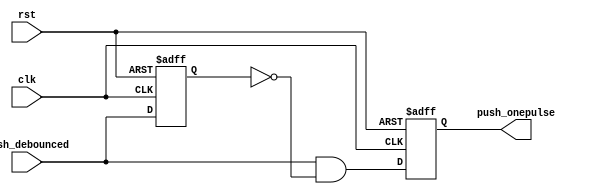
`timescale 1ns / 1ps
//////////////////////////////////////////////////////////////////////////////////
// Company: 
// Engineer: 
// 
// Design Name: 
// Module Name: onepalse
// Project Name: 
// Target Devices: 
// Tool Versions: 
// Description: 
// 
// Dependencies: 
// 
// Revision:
// Revision 0.01 - File Created
// Additional Comments:
// 
//////////////////////////////////////////////////////////////////////////////////


module onepalse(
rst, clk, push_debounced, push_onepulse
);
input clk, rst;
input push_debounced;
output push_onepulse;
// internal registers
reg push_onepulse;
reg push_onepulse_next;
reg push_debounced_delay;
always @* begin
push_onepulse_next = push_debounced
& ~push_debounced_delay;
end
always @(posedge clk or posedge rst)
begin
if (rst) begin
push_onepulse <= 1'b0;
push_debounced_delay <= 1'b0;
end else begin
push_onepulse <= push_onepulse_next;
push_debounced_delay <=push_debounced;
end
end
endmodule